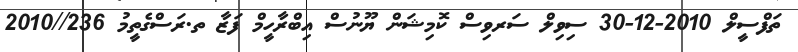
ތަފްސީލް 2010-12-30 ސިވިލް ސަރވިސް ކޮމިޝަން ޔޫނުސް އިބްރާހީމް ފަޒާ ތ.ރަސްގެތީމު 236//2010